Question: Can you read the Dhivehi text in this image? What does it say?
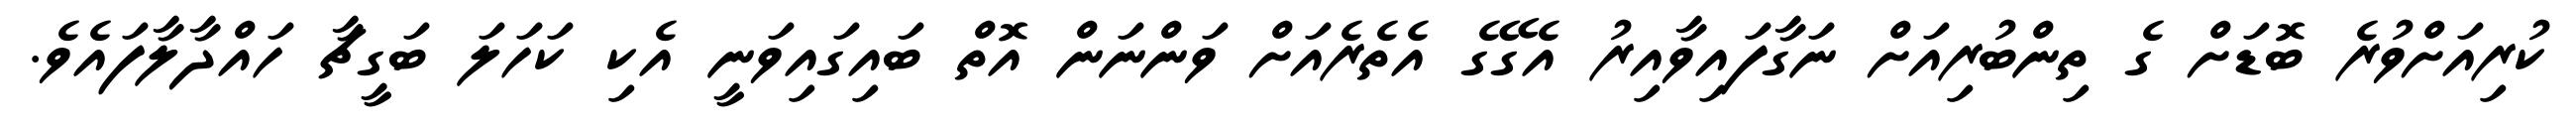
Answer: ކުރިއަށްވުރެ ބޮޑަށް ގެ ތިންބުރިއަށް ނަގާފައިވާއިރު އެގޭގެ އެތެރެއަށް ވަންނަން އޮތް ބައިގައިވަނީ އެކި ކަހަލަ ބަގީޗާ ހައްދާލާފައެވެ.